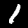
Label: 1